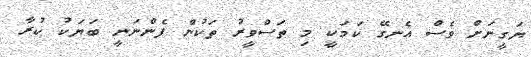
ޔަގީނަށް ވެސް އެނގޭ ކަމަކީ މި ތަސްވީރު ތަކުން ފެންނަނީ ބަޔަކު ކުރާ